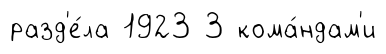
разд'е́ла 1923 3 кома́ндам'и